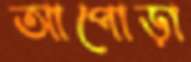
আপোড়া